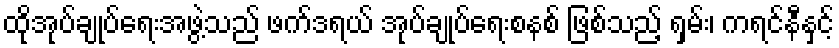
ထိုအုပ်ချုပ်ရေးအဖွဲ့သည် ဖက်ဒရယ် အုပ်ချုပ်ရေးစနစ် ဖြစ်သည့် ရှမ်း၊ ကရင်နီနှင့်